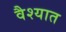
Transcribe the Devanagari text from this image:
वैश्यात